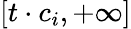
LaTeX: [t\cdot c_{i},+\infty]